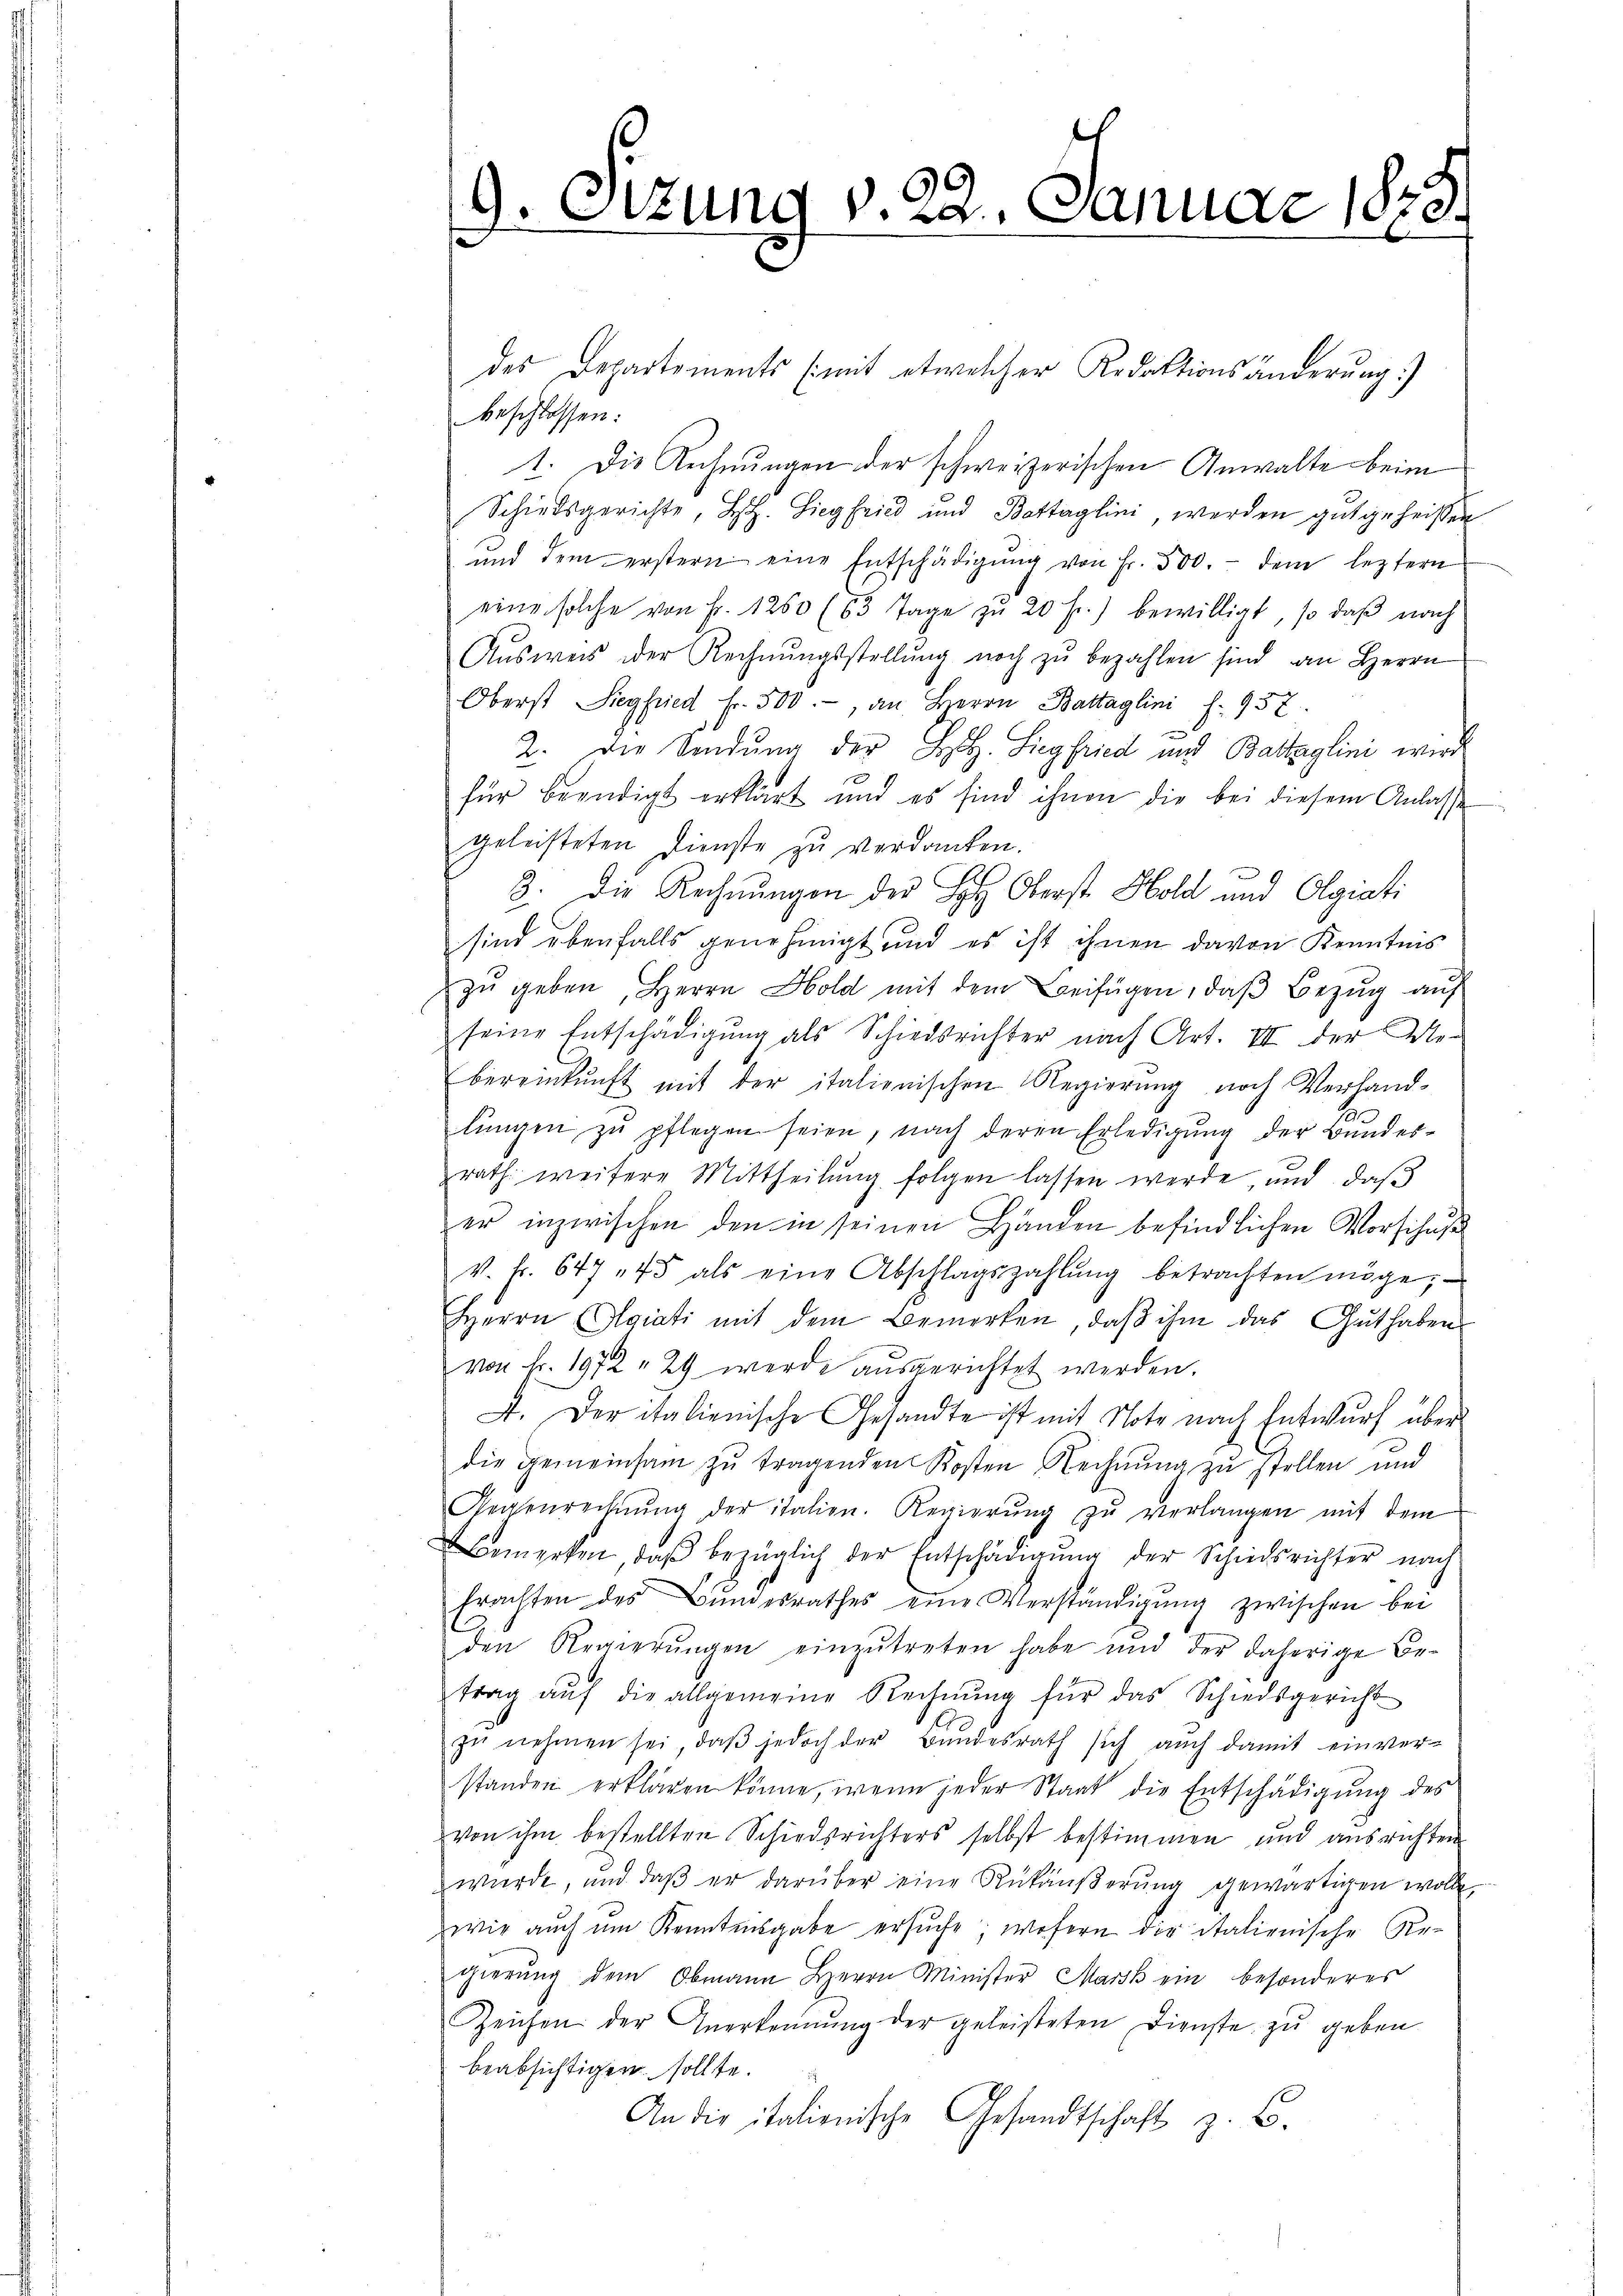
9. Sizung v. 22. Januar 1878.

des Departements (mit etwelcher Redaktionsänderŭng.)
beschlossen:
1. Die Rechnungen der schweizerischen Anwalte beim
Schiedsgerichte, H. Siegfried und Bettaglini werden gut geheissen
ŭnd dem erstern eine Entschädigŭng von Fr. 500.- dem leztern
eine solche von Fr. 1250 (63 Tage zŭ 20 f.) bewilligt, so daβ nach
Aŭsweis der Rechnŭngsstellŭng noch zŭ bezahlen sind an Herrn
Oberst Siegfried Fr. 500.-, an Herrn Battaglini f. 937.
e
2. Die Sendung der Hr. Siegfried und Baltzglini wird
für beendigt erklärt und es sind ihnen die bei diesem Anlasse
geleisteten Dienste zu verdanken.
3. Die Rechnungen der H. Oberst Hold und Olgiati
sind ebenfalls genehmigt und es ist ihnen davon Kenntnis
zŭ geben, Herrn Hold mit dem Beifügen, daβ Bezŭg aŭf
seine Entschädigung als Schiedsrichter nach Art. VII der Me-
bereinkunft mit der italienischen Regierŭng noch Verhand-
lŭngen zŭ pflegen seien, nach deren Erledigŭng der Bŭndes-
zrath weitere Mittheilŭng folgen lassen werde, und, daβ
er inzwischen den in seinen Händen befindlichen Vorschuß
v. fr. 647 45 als eine Abschlagszahlŭng betrachten möge,
Herrn Algiati mit dem Bemerken, daß ihm das Guthaben
von Fr. 1972 " 29 werde aŭsgerichtet werden.
A. Der italienische Gesandte ist mit Note nach Entwurf über
die gemeinsam zŭ tragenden Kosten Rechnŭng zŭ stellen und
Regenrechnŭng der italien. Regierŭng zŭ verlangen mit dem
Bemerken, daβ bezüglich der Entschädigŭng der Schiedsrichter nach
Erachten des Bŭndesrathes eine Verständigŭng zwischen bei
den Regierŭngen einzŭtreten habe und der daherige Be-
trag aŭf die allgemeine Rechnŭng für das Schiedsgericht
zŭ nehmen sei, daβ jedoch der Bŭndesrath sich aŭch damit einver-
standen erklären könne, wenn jeder Staat die Entschädigŭng des
von ihm bestellten Schiedsrichters selbst bestimmen und ausrichten
würde, und daβ er darüber eine Rükäŭβerŭng gewärtigen wolle,
wie auch um Kenntnisgabe ersŭche, wofern die italienische Re-
gierŭng dem Obmann Herrn Minister Mark ein besonderes
Zeichen der Anerkennung der geleisteten Dienste zŭ geben
beabsichtigen sollte.
An die italienische Gesandtschaft z. B.